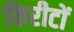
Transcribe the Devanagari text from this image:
किरीटों